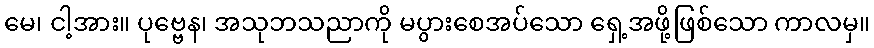
မေ၊ ငါ့အား။ ပုဗ္ဗေန၊ အသုဘသညာကို မပွားစေအပ်သော ရှေ့အဖို့ဖြစ်သော ကာလမှ။